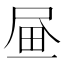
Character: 𡱮